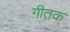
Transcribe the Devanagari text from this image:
गीतक